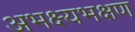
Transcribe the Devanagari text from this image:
अभक्ष्यभक्षण